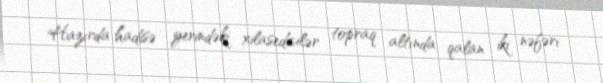
Hazırda hadisə yerindəki xilasedicilər topraq altında qalan iki nəfəri